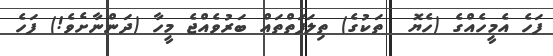
ފަހެ އެމީހެއްގެ (ހެޔޮ  ތަކުގެ) ތިލަފަތްތައް ބަރުވެއްޖެ މީހާ (ދަންނާށެވެ!) ފަހެ